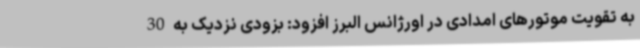
به تقویت موتورهای امدادی در اورژانس البرز افزود: بزودی نزدیک به 30